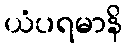
ယံပရမာနိ